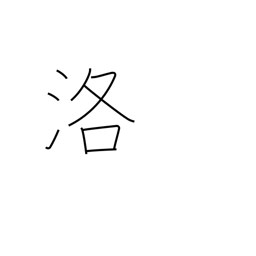
Meaning: the capital